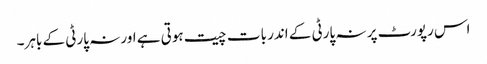
اس رپورٹ پر نہ پارٹی کے اندر بات چیت ہوتی ہے اور نہ پارٹی کے باہر۔